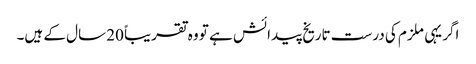
اگر یہی ملزم کی درست تاریخ پیدائش ہے تو وہ تقریباً 20 سال کے ہیں۔